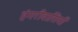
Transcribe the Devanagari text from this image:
हंगरीवासियों